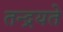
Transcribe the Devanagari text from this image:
तन्द्रयते